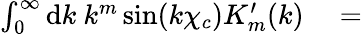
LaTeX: \begin{array}{rl}{\int_{0}^{\infty}\mathrm{d}k\ k^{m}\sin(k\chi_{c})K_{m}^{\prime}(k)}&{{}=}\end{array}